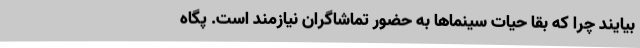
بیایند چرا که بقا حیات سینماها به حضور تماشاگران نیازمند است. پگاه